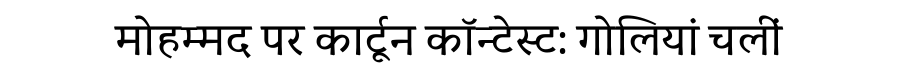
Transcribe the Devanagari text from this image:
मोहम्मद पर कार्टून कॉन्टेस्ट: गोलियां चलीं